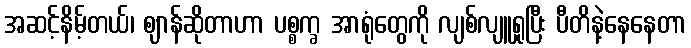
အဆင့်နိမ့်တယ်၊ ဈာန်ဆိုတာဟာ ပစ္စက္ခ အာရုံတွေကို လျစ်လျူရှုပြီး ပီတိနဲ့နေနေတာ